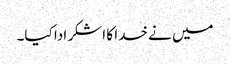
میں نے خدا کا اشکر ادا کیا۔